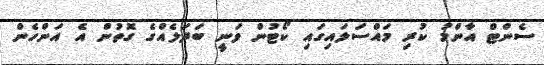
ސެންޓް އާންމު ކުރި މައްސަލައިގައި ކޯޓުން ވަނީ ބަދަލެއްގެ ގޮތުން އެ އަންހެން